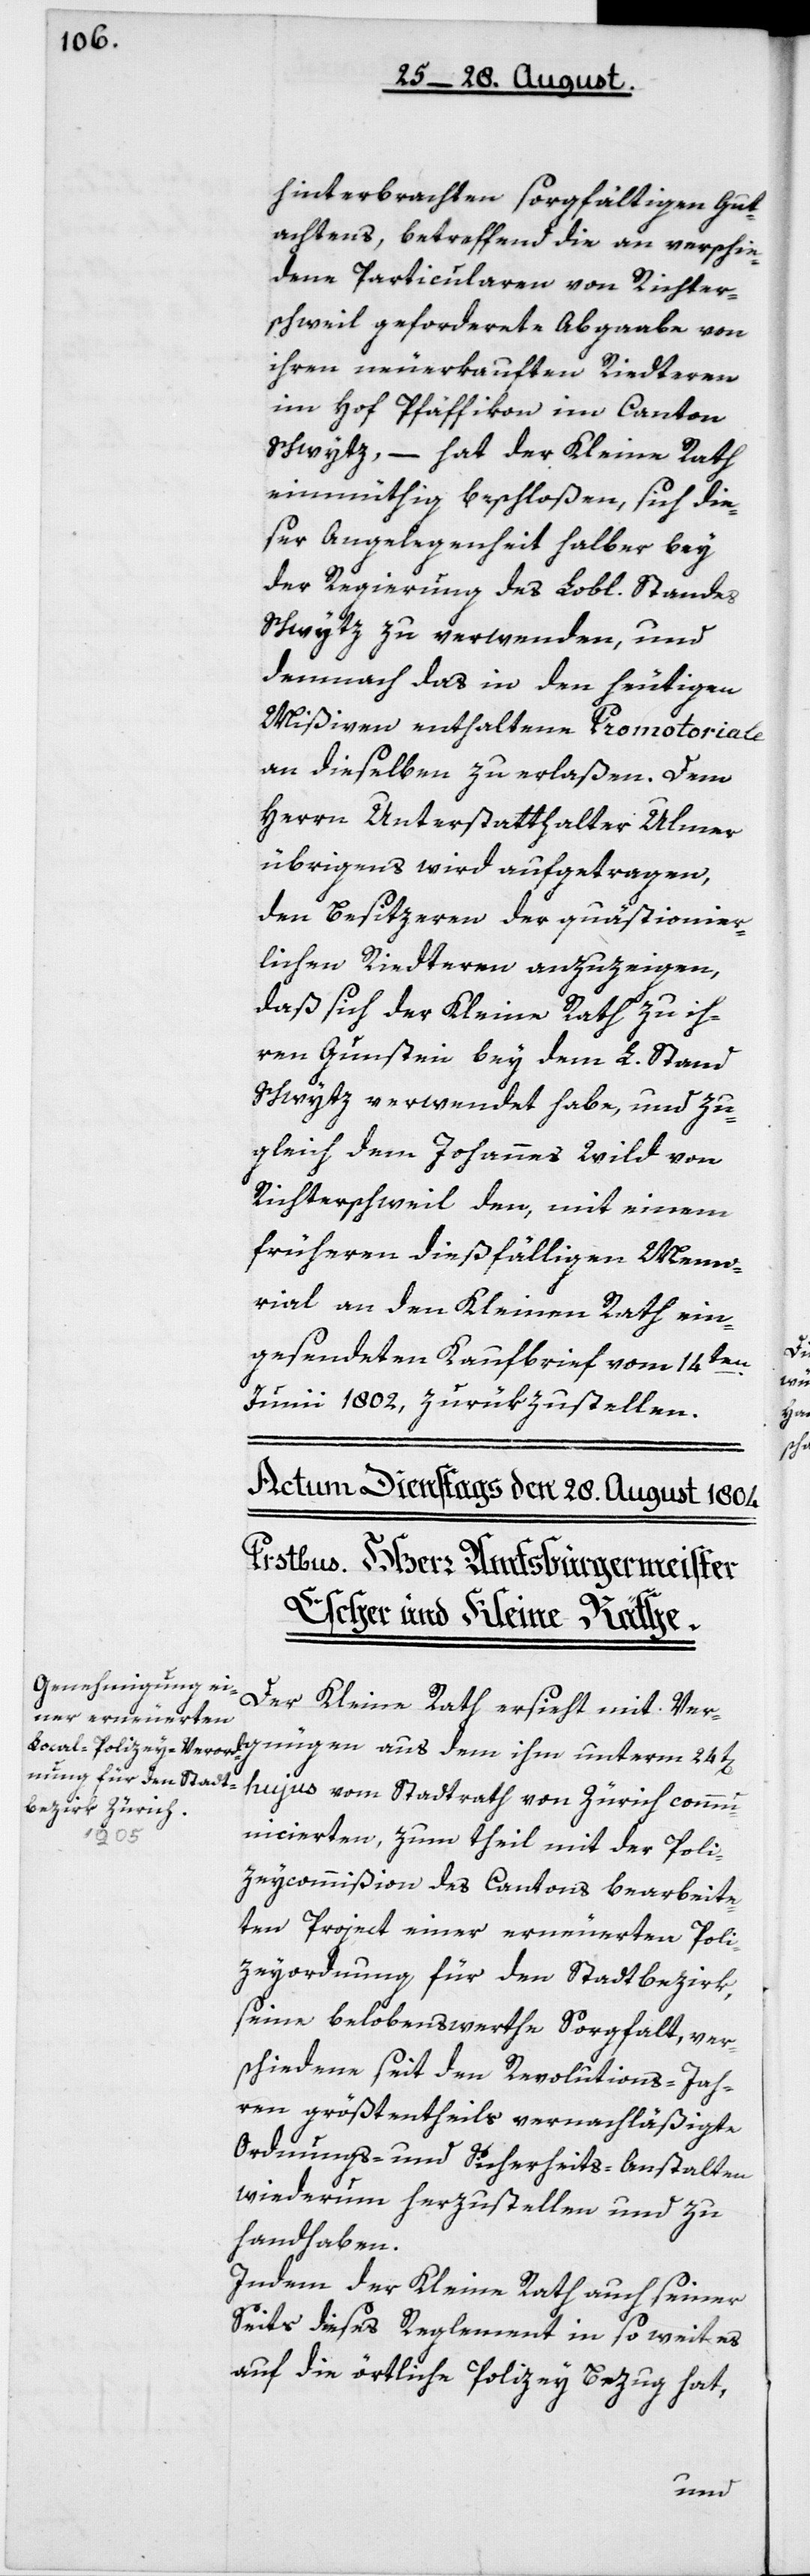
hinterbrachten sorgfältigen Gut¬
achtens, betreffend die an verschie¬
dene Particularen von Richter¬
schweil geforderte Abgabe von
ihren neu erkauften Riedteren
im Hof Pfäffikon im Canton
Schwytz, – hat der Kleine Rath
einmüthig beschloßen, sich die¬
ser Angelegenheit halber bey
der Regierung des Lobl. Standes
Schwytz zu verwenden, und
demnach das in den heutigen
Mißiven enthaltene Promotoriale
an dieselben zu erlaßen. Dem
Herrn Unterstatthalter Ulmer
übrigens wird aufgetragen,
den Besizeren der quästionier¬
lichen Riedteren anzuzeigen,
daß sich der Kleine Rath zu ih¬
ren Gunsten bey dem L. Stand
Schwytz verwendet habe, und zu
gleich dem Johannes Wild von
Richterschweil den, mit einem
früheren dießfälligen Memo¬
rial an den Kleinen Rath ein¬
gesendeten Kaufbrief vom 14ten
Junii 1802 zurükzustellen.
Der Kleine Rath ersieht mit Ver¬
hujus vom Stadtrath von Zürich comm¬
aus
unicierten, zum Theil mit der Poli¬
ceycommißion des Cantons bearbeite¬
ten Project einer erneuerten Polic¬
eyordnung für den Stadtbezirk,
seine belobenswerthe Sorgfalt, ver¬
schiedene seit den Revolutions-Jah¬
ren größtentheils vernachläßigte
Ordnungs- und Sicherheits-Anstalten
wiederum herzustellen und zu
handhaben.
Indem der Kleine Rath auch seiner
Seits dieses Reglement in so weit es
auf die örtliche Policey Bezug hat,
unterm